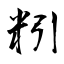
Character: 粌